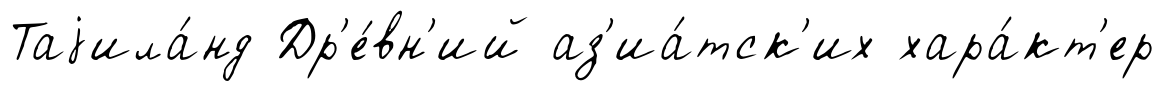
Таjила́нд Др'е́вн'ий аз'иа́тск'их хара́кт'ер